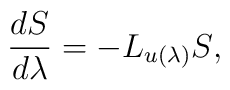
\frac{dS}{d\lambda}=-L_{u(\lambda)}S,